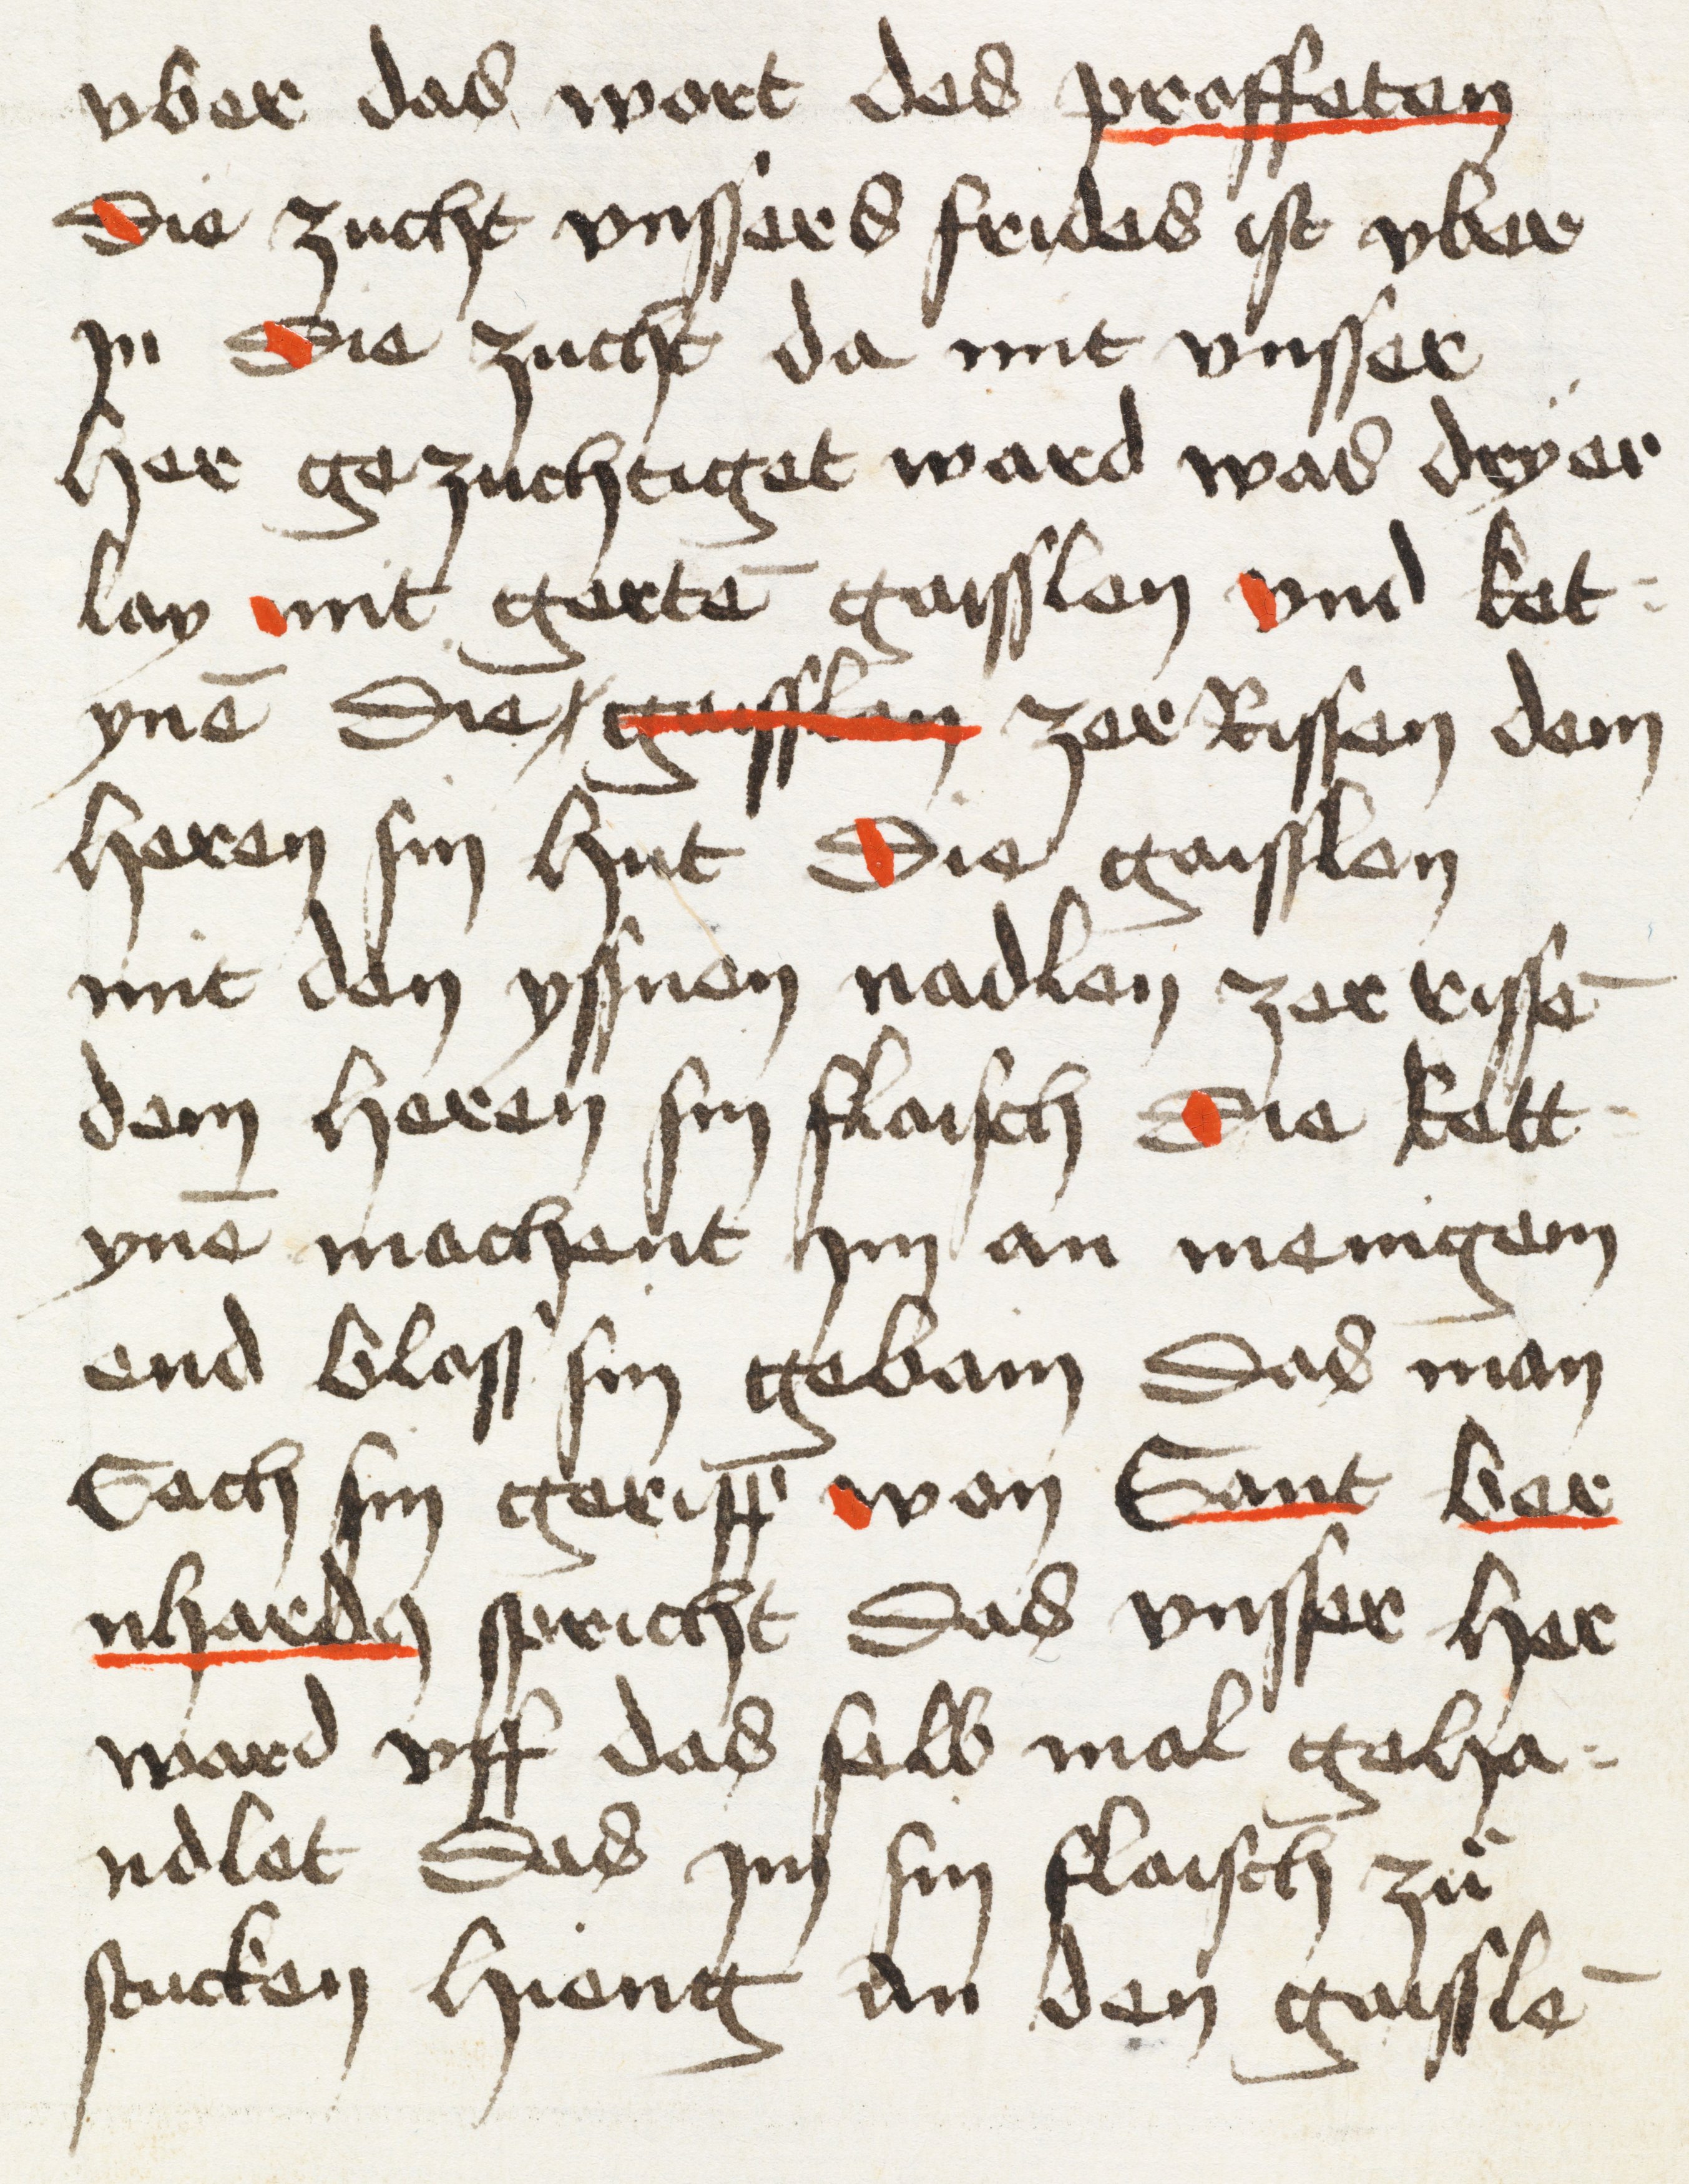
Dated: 1498–1498